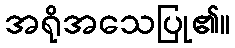
အရိုအသေပြု၏။